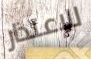
للإعتذار